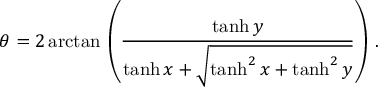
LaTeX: \theta = 2 \arctan \, \left( { \frac { \operatorname { t a n h } y } { \operatorname { t a n h } x + { \sqrt { \operatorname { t a n h } ^ { 2 } x + \operatorname { t a n h } ^ { 2 } y } } } } \right) \, .